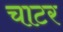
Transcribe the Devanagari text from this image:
चाटर